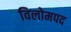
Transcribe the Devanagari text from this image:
विलोमपद